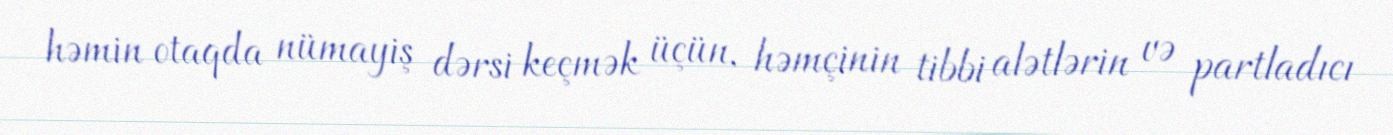
həmin otaqda nümayiş dərsi keçmək üçün, həmçinin tibbi alətlərin və partladıcı